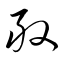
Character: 般